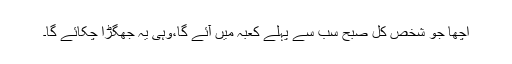
اچھا جو شخص کل صبح سب سے پہلے کعبہ میں آئے گا،وہی یہ جھگڑا چکائے گا۔